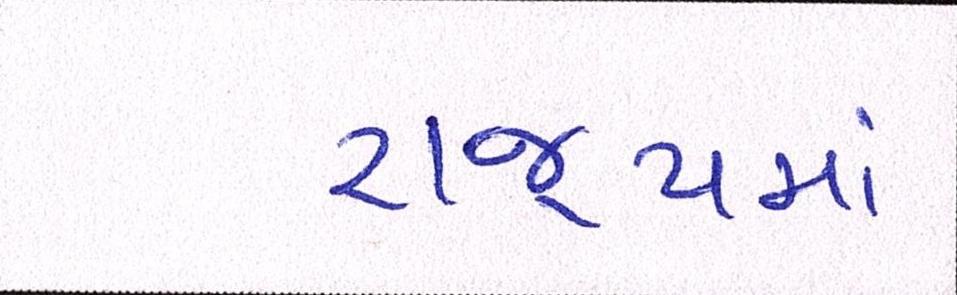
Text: રાજ્યમાં